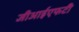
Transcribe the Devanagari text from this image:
जीआईएफटी